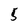
Character: 5